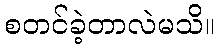
စတင်ခဲ့တာလဲမသိ။